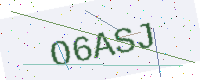
Text: O6ASJ